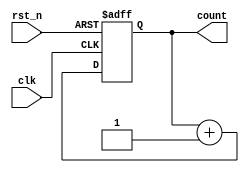
module binary_counter (
    input wire clk,        // Clock input
    input wire rst_n,     // Active-low reset
    output reg [1:0] count // 2-bit counter output
);

// Always block triggered on the rising edge of the clock
always @(posedge clk or negedge rst_n) begin
    if (!rst_n) begin
        // Asynchronous reset: set count to 0
        count <= 2'b00;
    end else begin
        // Increment the count on the rising edge of the clock
        count <= count + 1;
    end
end

endmodule